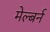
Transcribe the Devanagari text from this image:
मेल्बर्न